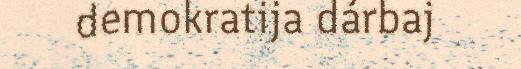
demokratija dárbaj